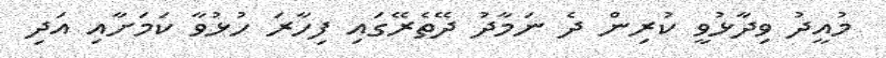
މުއީދު ވިދާޅުވީ ކުރިން ދެ ނަމާދު ދޭތެރޭގައި ފިހާރަ ހުޅުވާ ކަމަށާއި އަދި